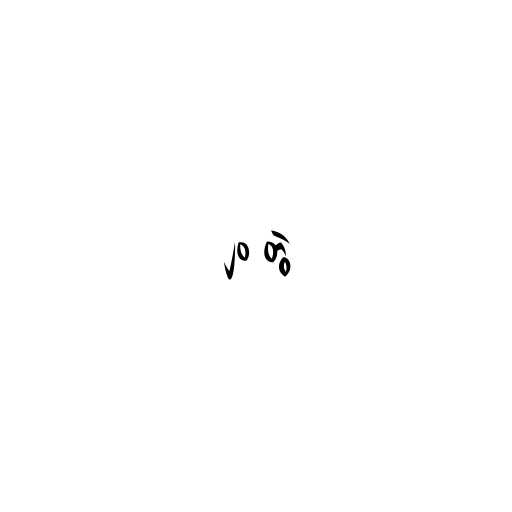
၂၀ တွဲ